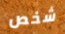
شخص